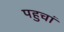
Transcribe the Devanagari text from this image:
पहुचां